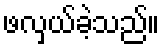
ဖလှယ်ခဲ့သည်။